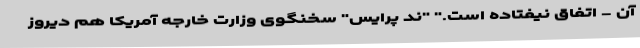
آن - اتفاق نیفتاده است." "ند پرایس" سخنگوی وزارت خارجه آمریکا هم دیروز